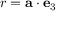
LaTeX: r = \mathbf { a } \cdot \mathbf { e } _ { 3 }